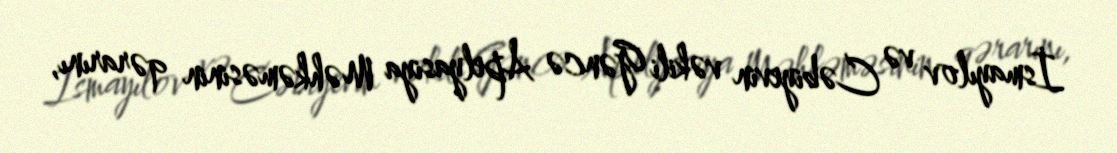
İsmayılov və Cəbiyevin vəkili Gəncə Apelyasiya Məhkəməsinin qərarını,